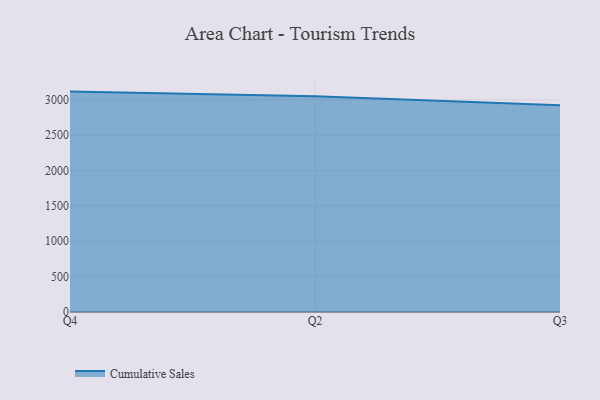
{"axis": {"x": "Quarter", "y": "Energy Usage (MWh)"}, "legend": ["Cumulative Sales"], "data": [{"x": "Q4", "y": 3116.0, "type": "Cumulative Sales"}, {"x": "Q2", "y": 3049.8, "type": "Cumulative Sales"}, {"x": "Q3", "y": 2923.4, "type": "Cumulative Sales"}]}